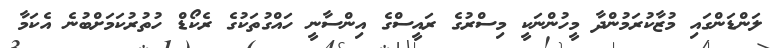
ލަންޑަންގައި މުޒާކުރަމުންދާ މީހުންނަކީ މިސްރުގެ ރައީސްގެ އިންސާނީ ހައްގުތަކުގެ ރެކޯޑް ހުތުރުކަމަށްބުނެ އެކަމާ